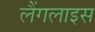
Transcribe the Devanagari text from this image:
लैंगलाइस